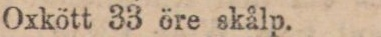
Oxkött 33 öre skålp.